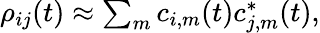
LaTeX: \begin{array}{r}{\rho_{ij}(t)\approx\sum_{m}c_{i,m}(t)c_{j,m}^{\ast}(t),}\end{array}